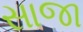
સાજા